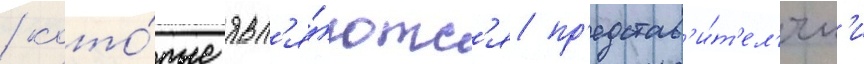
/ кото́рые явл'я́ютс'я пр'едстав'и́т'ел'ям'и